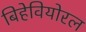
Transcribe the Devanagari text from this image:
बिहेवियोरल